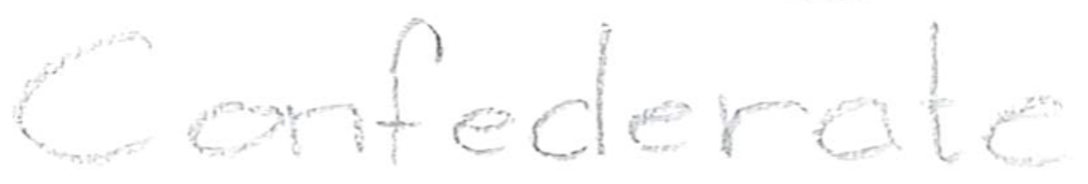
Text: Confederate
Cross-out: clean
Writing tool: pencil